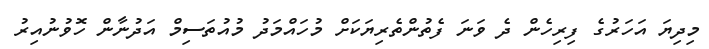
މިދިޔަ އަހަރުގެ ފިރިހެން ދެ ވަނަ ފެތުންތެރިޔަކަށް މުހައްމަދު މުއުތަސިމް އަދުނާން ހޮވުނުއިރު